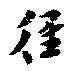
徑